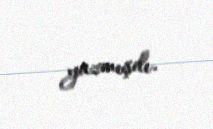
yazmışdı.